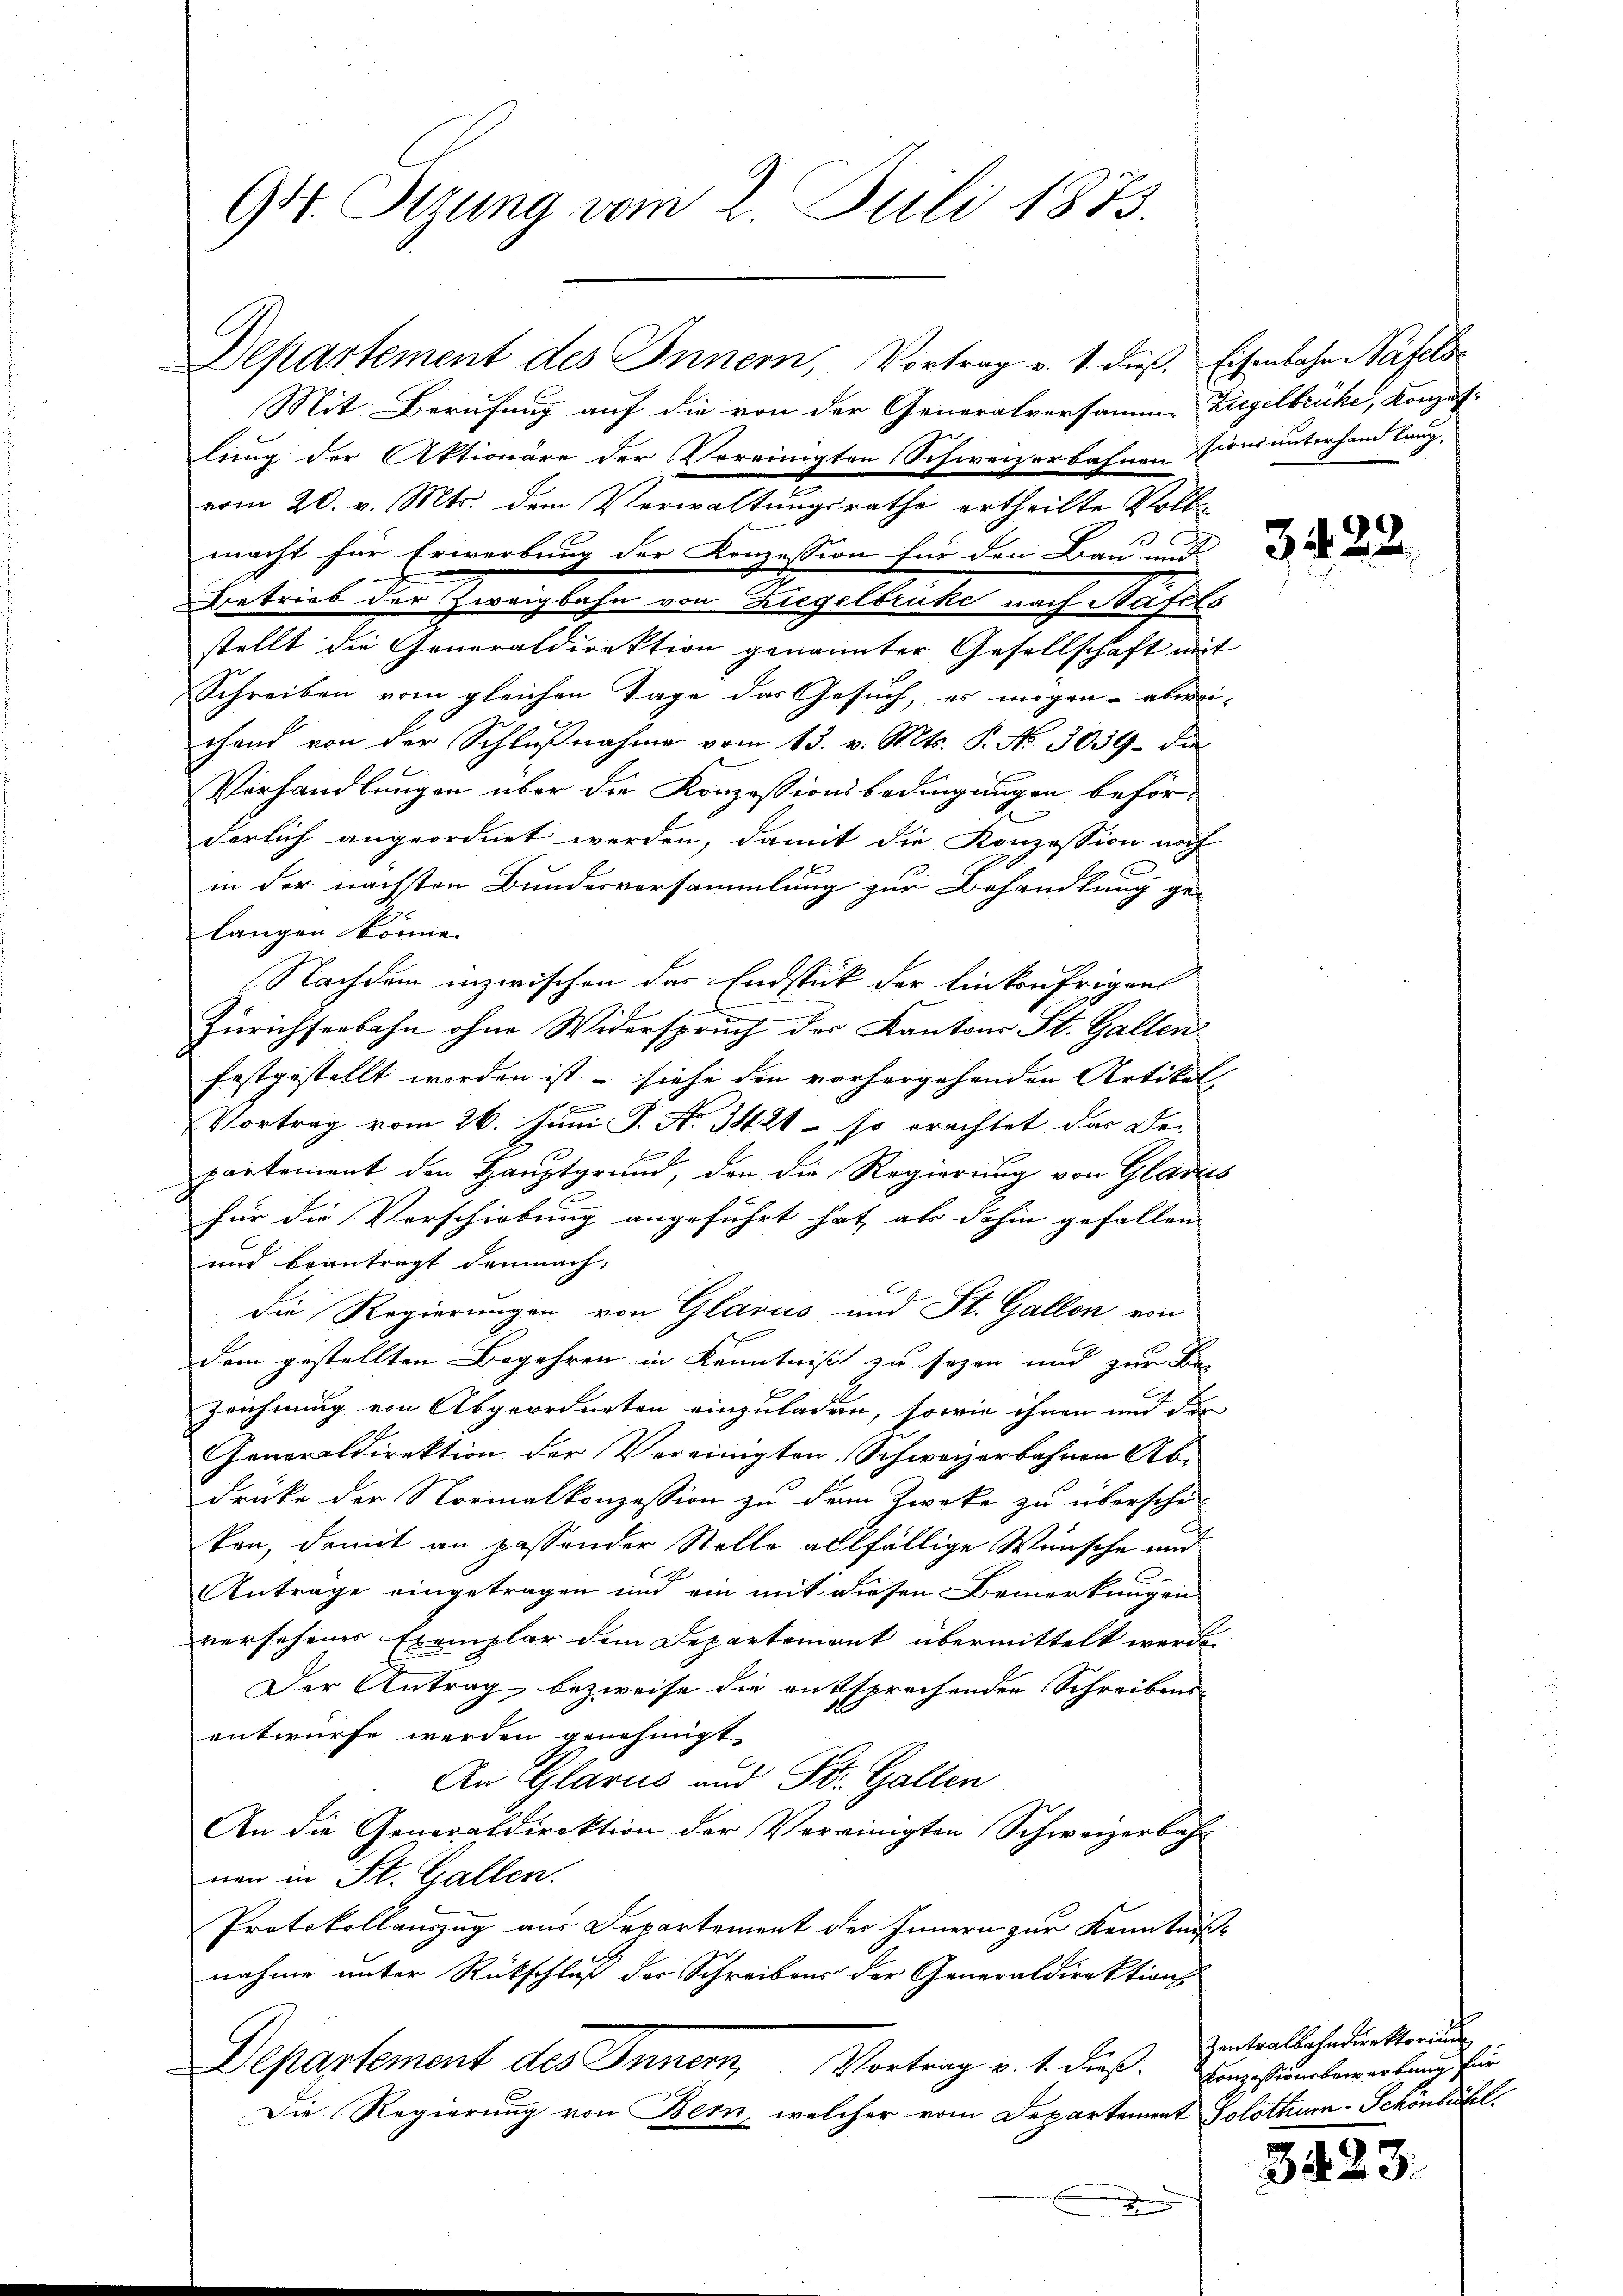
94. Sizung vom 2. Juli 1873.

Departement des Innern, Vortrag v. 1. dieß. Eisenbahn Täfels
Mit Berufung auf die von der Generalversamme Ziegelbrücke, Konzes.
lung der Aktionäre der Vereinigten Schweizerbahnensionsunterhand lang,
vom 20. v. Mts. dem Verwaltungsrathe ertheilte Volksmacht für Erwerbung der Konzession für den Bau und
Betrieb der Zweigbahn von Ziegelbrüke nach Basels
stellt die Generaldirektion genannter Gesellschaft mit
Schreiben vom gleichen Tage das Gesuch, es mögen abwei-
chand von der Schlŭβnahme vom 13. v. Mts. P. No. 3039 die
Verhandlungen über die Konzessionsbedingungen beförderlich angeordnet werden, damit die Konzession noch
A
in der nächsten Bundesversammlung zur Behandlung ge-
langen könne.
Nachdem inzwischen das Endstück der linkufrigen
Zürichserbahn ohne Widerspruch der Kantons St. Gallen-
festgestellt worden ist – siehe den vorhergehenden Artikel-
Vortrag vom 26. Juni J. No 3421 - so erachtet das De-
partenient den Hauptgrund, den die Regierung von Glades
für die Verschiebung angeführt hat, als dahin gefallen
und beantragt demnach:
die Regierungen von Glarus und St. Gallen von
dem gestellten Begehren in Kenntniß zu sezen und zur Be-
Zeichnung von Abgeordneten einzuladen, sowie ihnen und der
Generaldirektion der Vereinigten, Schweizerbahnen Abe
Drücke der Normalkonzession zu dem Zwecke zu überschie-
ken, damit an passender Stelle allfällige Wünsche und
G
nträge eingetragen und ein mit diesen Bemerkungen
versehenes Exemplar dem Departement übermittelt werde.
Der Antrag bezweife die entsprechenden Schreibens-
entwürfe werden genehmigt
An Glarus und St. Gallen
An die Generaldirektion der Vereinigten Schweizerbahnen in St. Gallen.
Protokollauszug aus Departement der Innern zur Kenntnißnahme unter Rückschluß der Schreibens der Generaldirektion
Departement des Innern, Vortrag v. 1. dieß. Vorgefundererbung für
Die Regierung von Bern, welcher vom Departement Solothum-Schönbühl
a

3422.

Zentralbahndirektoriu

3423